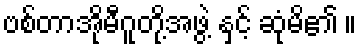
ဗစ်တာအိုမီဂူတို့အဖွဲ့ နှင့် ဆုံမိ၏ ။